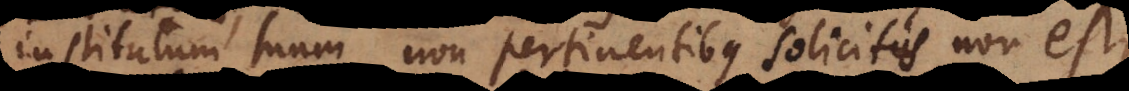
institutum suum non pertinentibus solicitus non est,